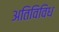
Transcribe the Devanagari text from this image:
अतिविविध